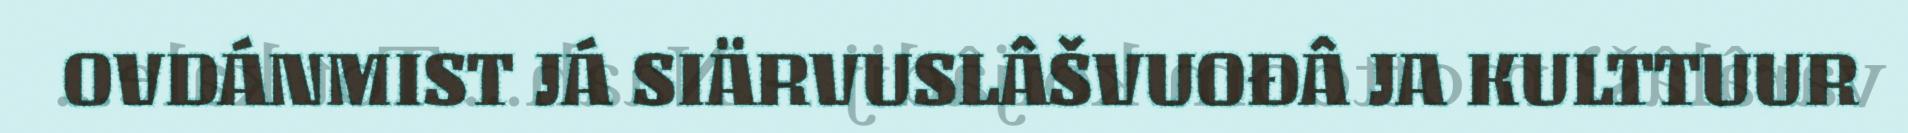
OVDÁNMIST JÁ SIÄRVUSLÂŠVUOĐÂ JA KULTTUUR